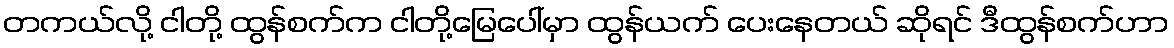
တကယ်လို့ ငါတို့ ထွန်စက်က ငါတို့မြေပေါ်မှာ ထွန်ယက် ပေးနေတယ် ဆိုရင် ဒီထွန်စက်ဟာ